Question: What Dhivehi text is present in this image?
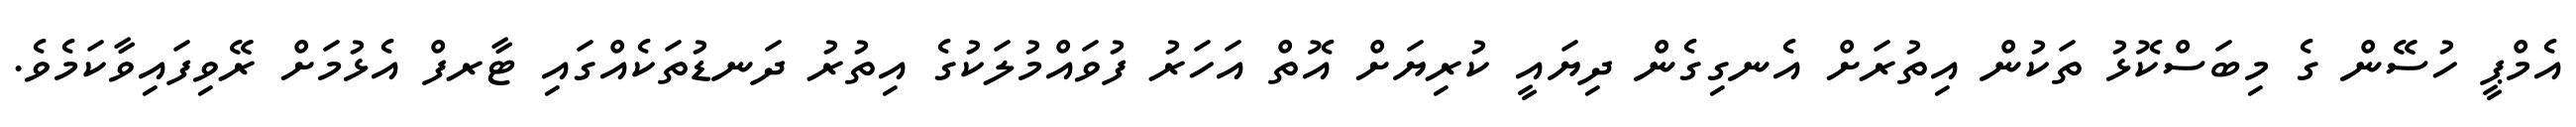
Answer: އެމްޕީ ހުސޭން ގެ މިބަސްކޮޅު ތަކުން އިތުރަށް އެނގިގެން ދިޔައީ ކުރިޔަށް އޮތް އަހަރު ފުވައްމުލަކުގެ އިތުރު ދަނޑުތަކެއްގައި ޓާރފް އެޅުމަށް ރޭވިފައިވާކަމެވެ.